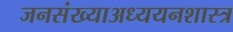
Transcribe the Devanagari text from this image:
जनसंख्याअध्ययनशास्त्र